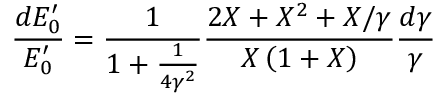
\frac { d E _ { 0 } ^ { \prime } } { E _ { 0 } ^ { \prime } } = \frac { 1 } { 1 + \frac { 1 } { 4 \gamma ^ { 2 } } } \frac { 2 X + X ^ { 2 } + X / \gamma } { X \left( 1 + X \right) } \frac { d \gamma } { \gamma }